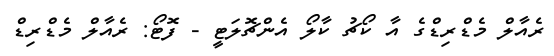
ރެއާލް މެޑްރިޑްގެ އާ ކޯޗު ކާލޯ އެންޗޮލަޓީ - ފޮޓޯ: ރެއާލް މެޑްރިޑް